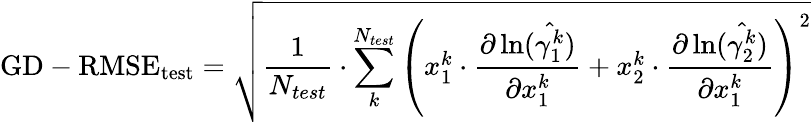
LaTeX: \mathrm{GD-RMSE}_{\mathrm{test}}=\sqrt{\frac{1}{N_{test}}\cdot\sum_{k}^{N_{test}}{\left(x_{1}^{k}\cdot\frac{\partial\ln(\hat{\gamma_{1}^{k}})}{\partial x_{1}^{k}}+x_{2}^{k}\cdot\frac{\partial\ln(\hat{\gamma_{2}^{k}})}{\partial x_{1}^{k}}\right)^{2}}}